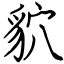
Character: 貁